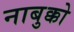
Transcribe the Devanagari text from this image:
नाबुक्को